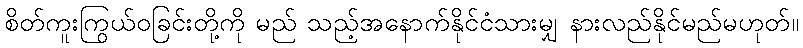
စိတ်ကူးကြွယ်ဝခြင်းတို့ကို မည် သည့်အနောက်နိုင်ငံသားမျှ နားလည်နိုင်မည်မဟုတ်။